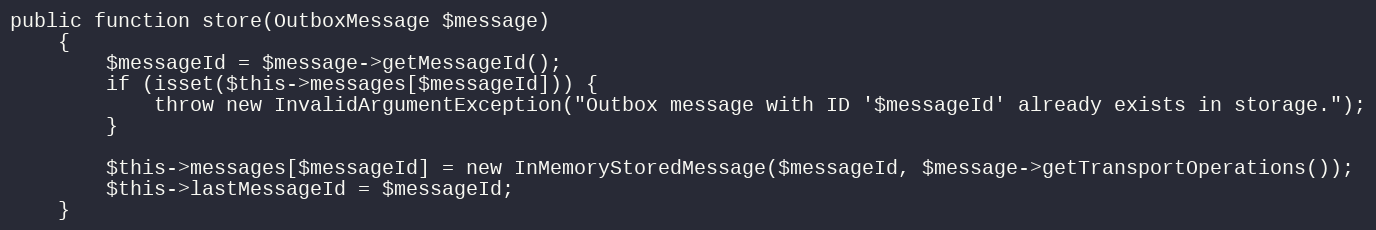
Language: PHP
public function store(OutboxMessage $message)
    {
        $messageId = $message->getMessageId();
        if (isset($this->messages[$messageId])) {
            throw new InvalidArgumentException("Outbox message with ID '$messageId' already exists in storage.");
        }

        $this->messages[$messageId] = new InMemoryStoredMessage($messageId, $message->getTransportOperations());
        $this->lastMessageId = $messageId;
    }